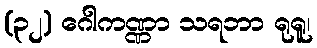
(၃၂) ဂေါကဏ္ဏာ သရဘာ ရုရူ၊